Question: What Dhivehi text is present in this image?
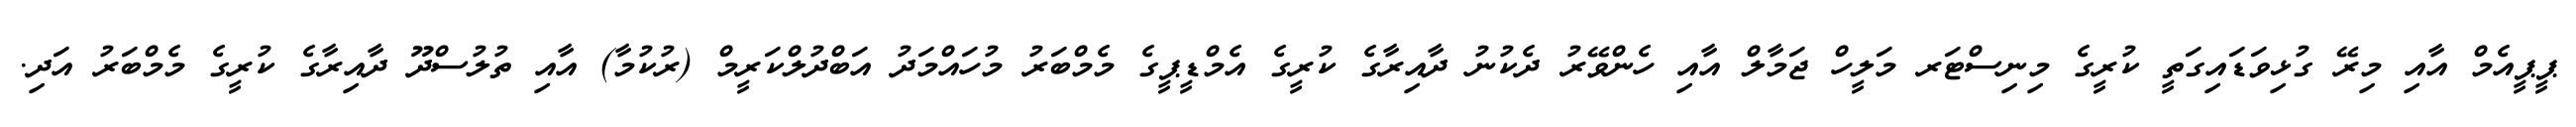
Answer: ޕީޕީއެމް އާއި މިރޭ ގުޅިވަޑައިގަތީ ކުރީގެ މިނިސްޓަރ މަލީހް ޖަމާލް އާއި ހެންވޭރު ދެކުނު ދާއިރާގެ ކުރީގެ އެމްޑީޕީގެ މެމްބަރު މުހައްމަދު އަބްދުލްކަރީމް (ރުކުމާ) އާއި ތުލުސްދޫ ދާއިރާގެ ކުރީގެ މެމްބަރު އަދި.